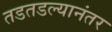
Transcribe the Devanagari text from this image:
तडतडल्यानंतर